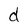
Character: d